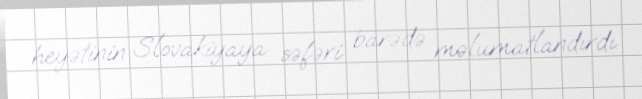
heyətinin Slovakiyaya səfəri barədə məlumatlandırdı.